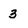
Character: 3